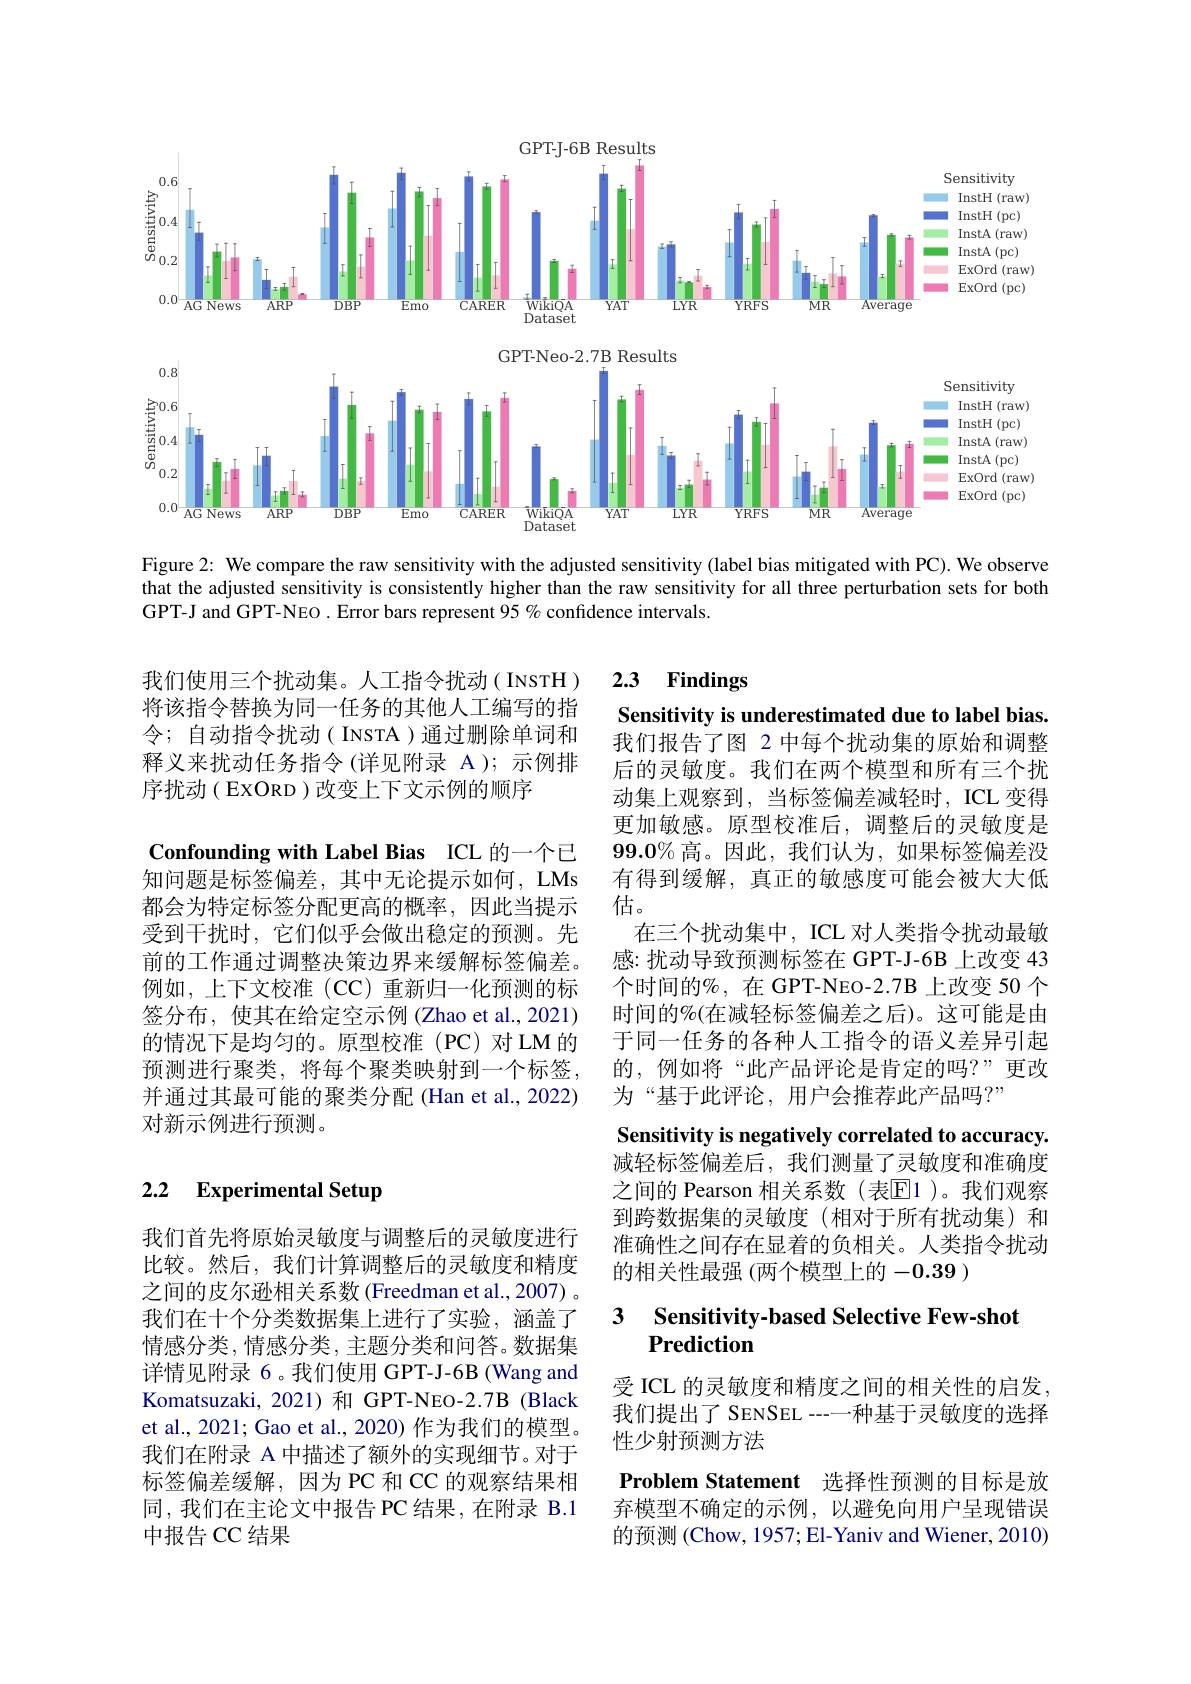
<FigureHere>

Figure 2: We compare the raw sensitivity with the adjusted sensitivity (label bias mitigated with PC). We observe that the adjusted sensitivity is consistently higher than the raw sensitivity for all three perturbation sets for both GPT-J and GPT-NEO. Error bars represent 95 % confidence intervals.

2.3 Findings

我们使用三个扰动集。人工指令扰动(INSTH) 将该指令替换为同一任务的其他人工编写的指令；自动指令扰动( INSTA )通过删除单词和释义来扰动任务指令 (详见附录 A ); 示例排序扰动( EXORD ) 改变上下文示例的顺序

Confounding with Label Bias ICL 的一个已知问题是标签偏差，其中无论提示如何，LMs 都会为特定标签分配更高的概率，因此当提示受到干扰时，它们似乎会做出稳定的预测。先前的工作通过调整决策边界来缓解标签偏差。例如，上下文校准(CC)重新归一化预测的标签分布，使其在给定空示例 (Zhao et al., 2021) 的情况下是均匀的。原型校准(PC)对LM 的预测进行聚类，将每个聚类映射到一个标签， 并通过其最可能的聚类分配 (Han et al., 2022) 对新示例进行预测。

Sensitivity is underestimated due to label bias. 我们报告了图 2 中每个扰动集的原始和调整后的灵敏度。我们在两个模型和所有三个扰动集上观察到，当标签偏差减轻时，ICL 变得更加敏感。原型校准后，调整后的灵敏度是$99.0\%$高。因此，我们认为，如果标签偏差没有得到缓解，真正的敏感度可能会被大大低估。
在三个扰动集中，ICL 对人类指令扰动最敏感：扰动导致预测标签在 GPT-J-6B 上改变 43个时间的%,在 GPT-NEO-2.7B 上改变 50 个时间的%(在减轻标签偏差之后)。这可能是由于同一任务的各种人工指令的语义差异引起的，例如将“此产品评论是肯定的吗？”更改为“基于此评论，用户会推荐此产品吗？”
Sensitivity is negatively correlated to accuracy. 减轻标签偏差后，我们测量了灵敏度和准确度之间的 Pearson 相关系数(表$\overline{\mathrm{E}}$1)。我们观察到跨数据集的灵敏度(相对于所有扰动集)和准确性之间存在显着的负相关。人类指令扰动的相关性最强 (两个模型上的 -0.39 )

# 2.2 Experimental Setup

### 3 Sensitivitv-based Selective Few-shot Prediction

我们首先将原始灵敏度与调整后的灵敏度进行比较。然后，我们计算调整后的灵敏度和精度之间的皮尔逊相关系数(Freedman et al., 2007) 。我们在十个分类数据集上进行了实验，涵盖了情感分类，情感分类，主题分类和问答。数据集详情见附录 6。我们使用 GPT-J-6B (Wang and Komatsuzaki, 2021)和 GPT-NEO-2.7B (Black et al., 2021; Gao et al., 2020) 作为我们的模型。我们在附录 A 中描述了额外的实现细节。对于标签偏差缓解，因为 PC 和 CC 的观察结果相同，我们在主论文中报告 PC 结果，在附录 B.1中报告 CC 结果

受 ICL 的灵敏度和精度之间的相关性的启发我们提出了 SENSEL ---种基于灵敏度的选择性少射预测方法

Problem Statement 选择性预测的目标是放弃模型不确定的示例，以避免向用户呈现错误的预测 (Chow, 1957; El-Yaniv and Wiener, 2010)